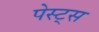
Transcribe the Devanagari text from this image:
पेस्ट्स